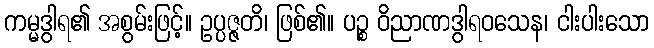
ကမ္မဒွါရ၏ အစွမ်းဖြင့်။ ဥပ္ပဇ္ဇတိ၊ ဖြစ်၏။ ပဉ္စ ဝိညာဏဒွါရဝသေန၊ ငါးပါးသော